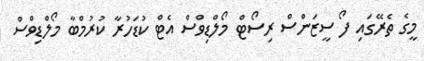
މީގެ ތެރޭގައި ފޯ ސީޒަންސް ރިސޯޓް މޯލްޑިވްސް އެޓް ކުޑަހުރާ ކުރުމްބާ މޯލްޑިވްސް